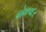
ધોધાવદર